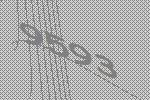
9593